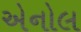
એનોલ